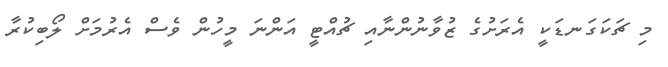
މި ޗަކަގަނޑަކީ އެރަށުގެ ޒުވާނުންނާއި ޗުއްޓީ އަންނަ މީހުން ވެސް އެރުމަށް ލޯބިކުރާ